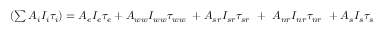
\begin{array} { r } { ( \sum { A _ { i } I _ { i } \tau _ { i } } ) = A _ { e } I _ { e } \tau _ { e } + A _ { w w } I _ { w w } \tau _ { w w } \ + A _ { s r } I _ { s r } \tau _ { s r } \ + \ A _ { n r } I _ { n r } \tau _ { n r } \ + A _ { s } I _ { s } \tau _ { s } } \end{array}